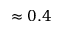
\approx 0 . 4